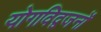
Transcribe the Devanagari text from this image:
योगविद्वजनों